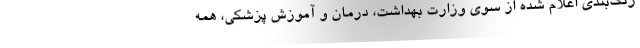
رنگ‌بندی اعلام شده از سوی وزارت بهداشت، درمان و آموزش پزشکی، همه